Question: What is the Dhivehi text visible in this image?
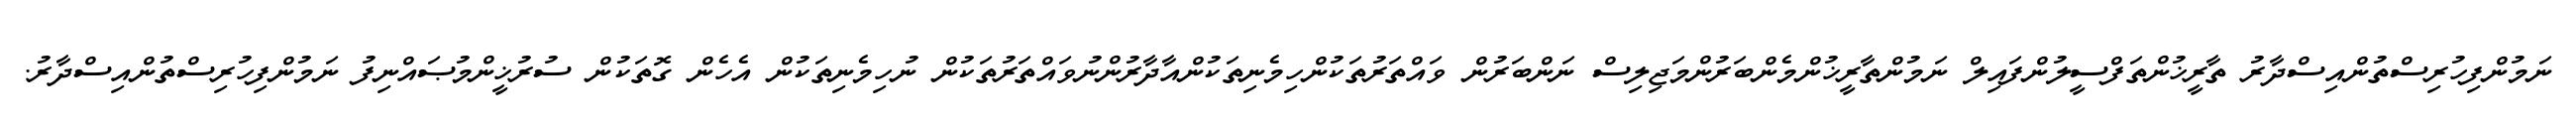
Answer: ނަމުންފިހުރިސްތުންއިސްދާރު ތާރީޚުންތަފްސީލުންފައިލް ނަމުންތާރީޚުންމެންބަރުންމަޖިލިސް ނަންބަރުން ވައްތަރުތަކުންހިމެނިތަކުންއާދާރުންނުވައްތަރުތަކުން ނުހިމެނިތަކުން އެހެން ގޮތަކުން ސުރުޚީންމުޞައްނިފު ނަމުންފިހުރިސްތުންއިސްދާރު.